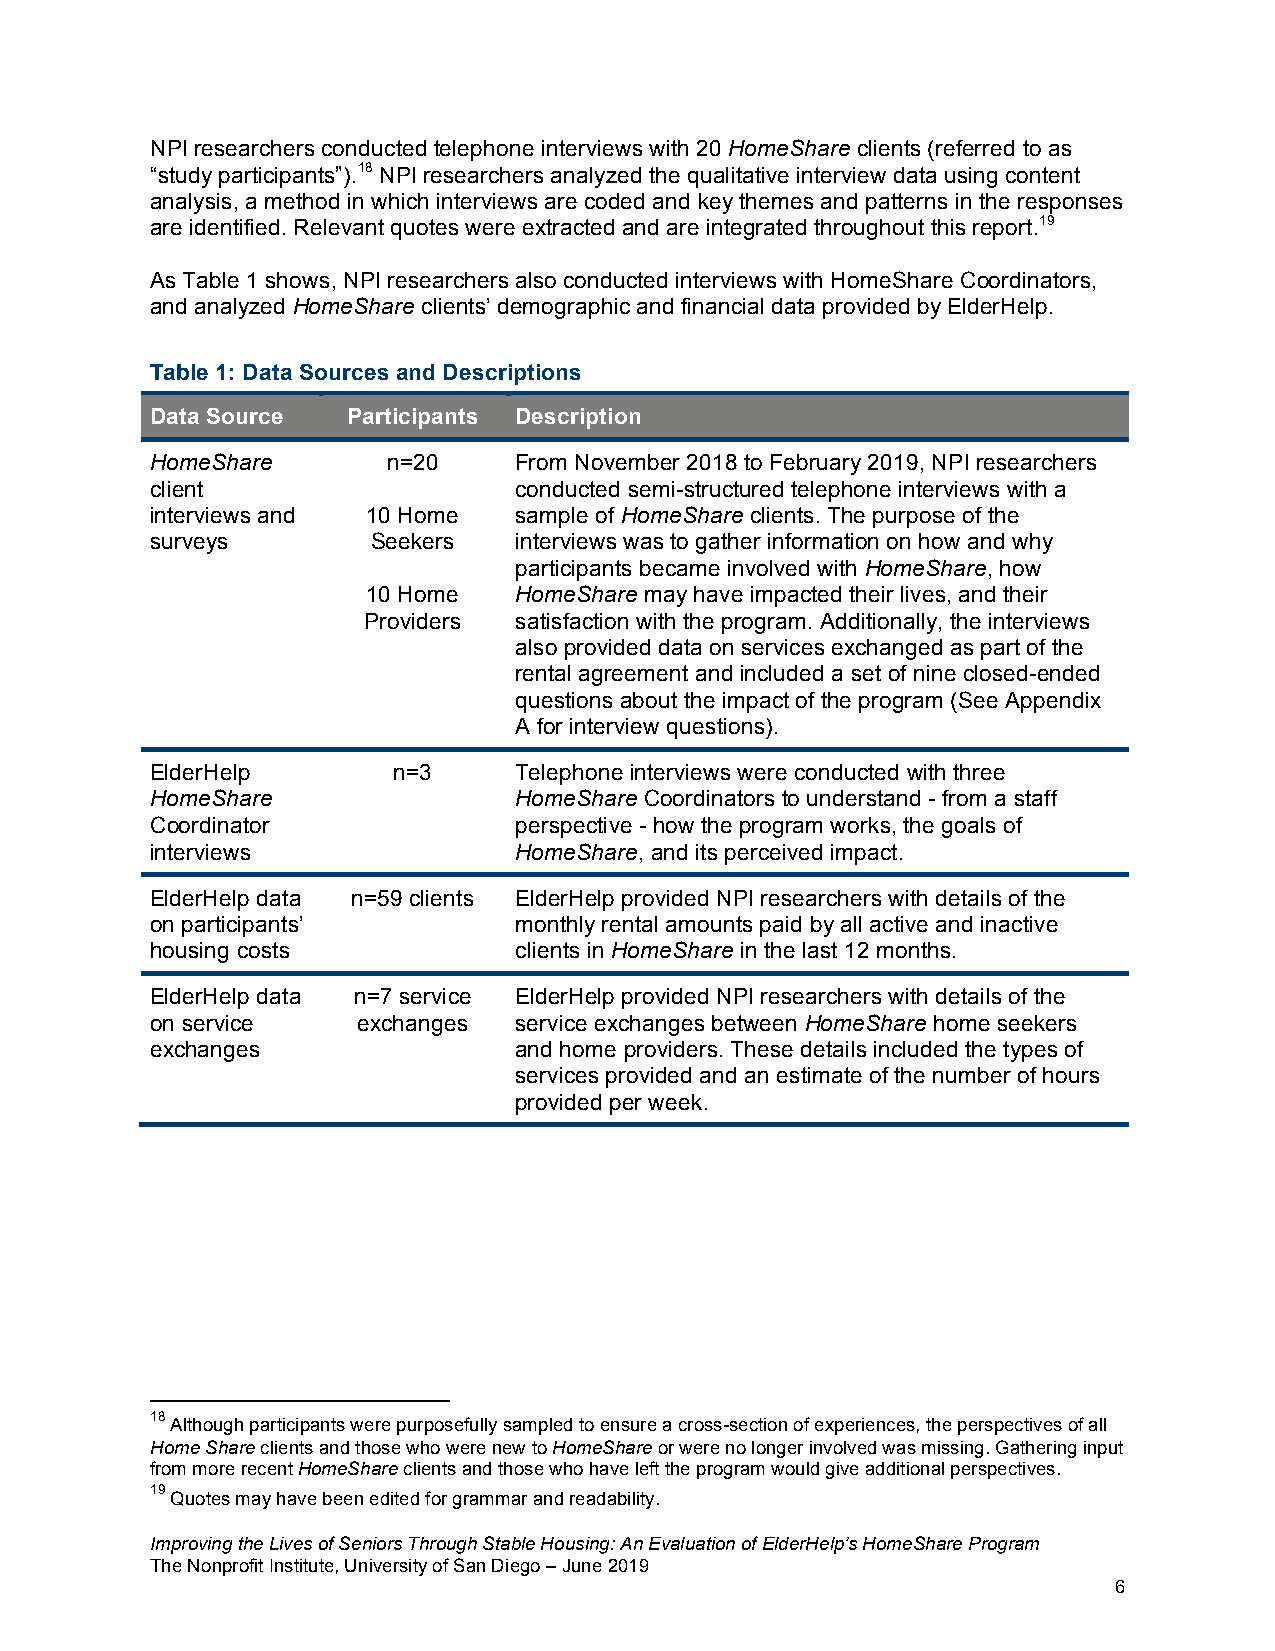
NPI researchers conducted telephone interviews with 20 HomeShare clients (referred to as
 “study participants”).18 NPI researchers analyzed the qualitative interview data using content
 analysis, a method in which interviews are coded and key themes and patterns in the responses
 are identified. Relevant quotes were extracted and are integrated throughout this report.19
 As Table 1 shows, NPI researchers also conducted interviews with HomeShare Coordinators,
 and analyzed HomeShare clients’ demographic and financial data provided by ElderHelp.
 Table 1: Data Sources and Descriptions
 Data Source  Participants Description
 HomeShare       n=20    From November 2018 to February 2019, NPI researchers
 client                  conducted semi-structured telephone interviews with a
 interviews and 10 Home  sample of HomeShare clients. The purpose of the
 surveys        Seekers  interviews was to gather information on how and why
 participants became involved with HomeShare, how
 10 Home   HomeShare may have impacted their lives, and their
 Providers satisfaction with the program. Additionally, the interviews
 also provided data on services exchanged as part of the
 rental agreement and included a set of nine closed-ended
 questions about the impact of the program (See Appendix
 A for interview questions).
 ElderHelp       n=3     Telephone interviews were conducted with three
 HomeShare               HomeShare Coordinators to understand - from a staff
 Coordinator             perspective - how the program works, the goals of
 interviews              HomeShare, and its perceived impact.
 ElderHelp data n=59 clients ElderHelp provided NPI researchers with details of the
 on participants’        monthly rental amounts paid by all active and inactive
 housing costs           clients in HomeShare in the last 12 months.
 ElderHelp data n=7 service ElderHelp provided NPI researchers with details of the
 on service    exchanges service exchanges between HomeShare home seekers
 exchanges               and home providers. These details included the types of
 services provided and an estimate of the number of hours
 provided per week.
 18
 Although participants were purposefully sampled to ensure a cross-section of experiences, the perspectives of all
 Home Share clients and those who were new to HomeShare or were no longer involved was missing. Gathering input
 from more recent HomeShare clients and those who have left the program would give additional perspectives.
 19
 Quotes may have been edited for grammar and readability.
 Improving the Lives of Seniors Through Stable Housing: An Evaluation of ElderHelp’s HomeShare Program
 The Nonprofit Institute, University of San Diego – June 2019
 6